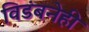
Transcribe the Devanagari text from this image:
विडंबनेही